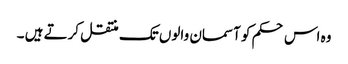
وہ اس حکم کو آسمان والوں تک منتقل کرتے ہیں ۔